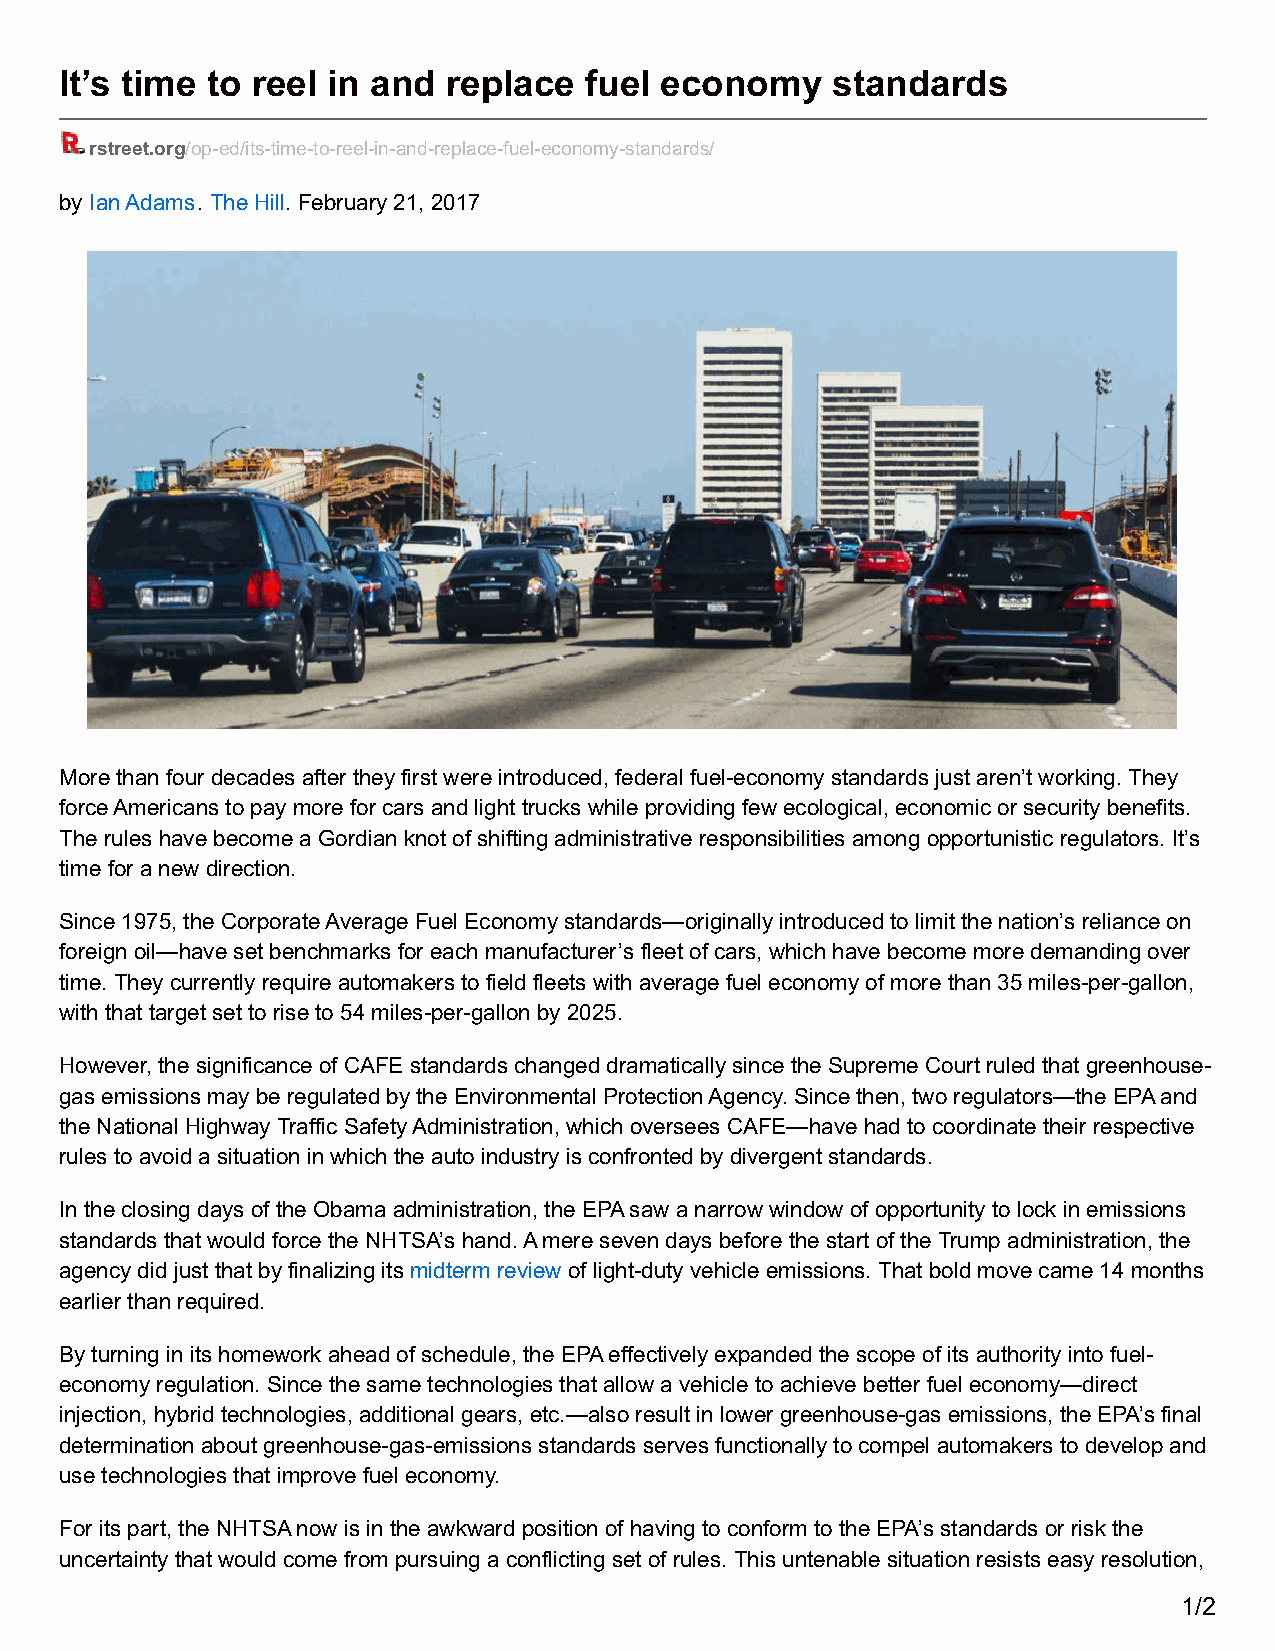
It’s time to reel in and  replace  fuel economy    standards
 rstreet.org/op-ed/its-time-to-reel-in-and-replace-fuel-economy-standards/
 by Ian Adams. The Hill. February 21, 2017
 More than four decades after they first were introduced, federal fuel-economy standards just aren’t working. They
 force Americans to pay more for cars and light trucks while providing few ecological, economic or security benefits.
 The rules have become a Gordian knot of shifting administrative responsibilities among opportunistic regulators. It’s
 time for a new direction.
 Since 1975, the Corporate Average Fuel Economy standards—originally introduced to limit the nation’s reliance on
 foreign oil—have set benchmarks for each manufacturer’s fleet of cars, which have become more demanding over
 time. They currently require automakers to field fleets with average fuel economy of more than 35 miles-per-gallon,
 with that target set to rise to 54 miles-per-gallon by 2025.
 However, the significance of CAFE standards changed dramatically since the Supreme Court ruled that greenhouse-
 gas emissions may be regulated by the Environmental Protection Agency. Since then, two regulators—the EPA and
 the National Highway Traffic Safety Administration, which oversees CAFE—have had to coordinate their respective
 rules to avoid a situation in which the auto industry is confronted by divergent standards.
 In the closing days of the Obama administration, the EPA saw a narrow window of opportunity to lock in emissions
 standards that would force the NHTSA’s hand. A mere seven days before the start of the Trump administration, the
 agency did just that by finalizing its midterm review of light-duty vehicle emissions. That bold move came 14 months
 earlier than required.
 By turning in its homework ahead of schedule, the EPA effectively expanded the scope of its authority into fuel-
 economy regulation. Since the same technologies that allow a vehicle to achieve better fuel economy—direct
 injection, hybrid technologies, additional gears, etc.—also result in lower greenhouse-gas emissions, the EPA’s final
 determination about greenhouse-gas-emissions standards serves functionally to compel automakers to develop and
 use technologies that improve fuel economy.
 For its part, the NHTSA now is in the awkward position of having to conform to the EPA’s standards or risk the
 uncertainty that would come from pursuing a conflicting set of rules. This untenable situation resists easy resolution,
 1/2